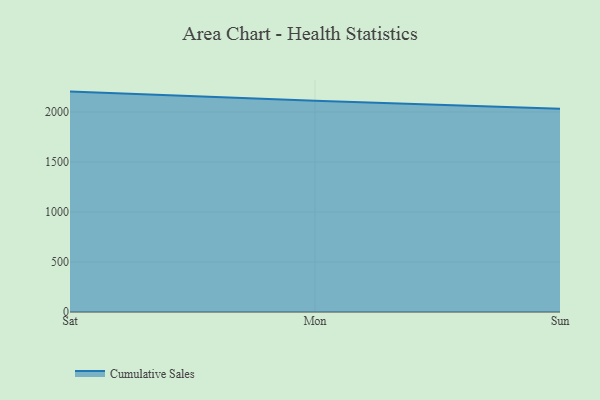
{"axis": {"x": "Day", "y": "Customer Acquisition Cost (USD)"}, "legend": ["Cumulative Sales"], "data": [{"x": "Sat", "y": 2204.0, "type": "Cumulative Sales"}, {"x": "Mon", "y": 2112.9, "type": "Cumulative Sales"}, {"x": "Sun", "y": 2033.5, "type": "Cumulative Sales"}]}